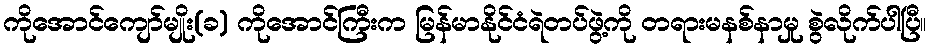
ကိုအောင်ကျော်မျိုး(ခ) ကိုအောင်ကြီးက မြန်မာနိုင်ငံရဲတပ်ဖွဲ့ကို တရားမနစ်နာမှု စွဲလိုက်ပါပြီ။